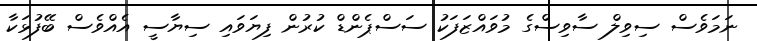
ނަމަވެސް ސިވިލް ސާވިސްގެ މުވައްޒަފަކު ސަސްޕެންޑް ކުރުން ފިޔަވައި ސިޔާސީ އެއްވެސް ބޭފުޅަކާ